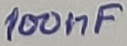
Text: 100nF